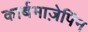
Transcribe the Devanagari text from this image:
कार्बमाज़ेपिंन